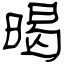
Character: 暍